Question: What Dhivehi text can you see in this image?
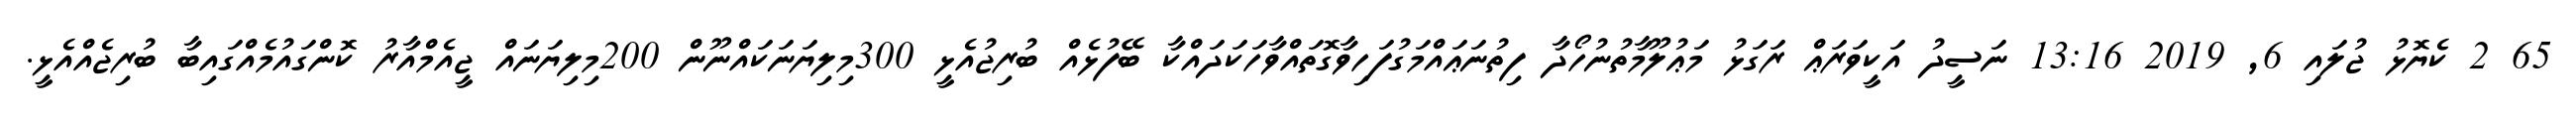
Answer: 65 2 ކެޔޮޅު ޖުލައި 6, 2019 13:16 ނަސީދު އަކީވަރަޢް ރަގަޅު މަޢުލޫމާތުނުހޯދާ ފިތުނަޢައްމަގުފަހިވާގޮތައްވާހަކަދައްކާ ބޭފުޅެއް ބުރިޖުއެޅީ 300މިލިޔަނަކައްނޫން 200މިލިޔަނައް ޖީއެމްއާރު ކޮންގައުމެއްގައިބާ ބުރިޖެއްއެޅީ.